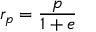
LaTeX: r _ { p } = { \frac { p } { 1 + e } }